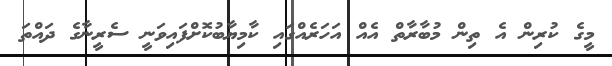
މީގެ ކުރިން އެ ތިން މުބާރާތް އެއް އަހަރެއްގައި ކާމިޔާބުކޮށްފައިވަނީ ސެރީނާގެ ދައްތަ